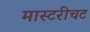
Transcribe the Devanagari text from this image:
मास्टरीचट